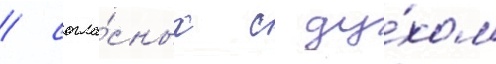
/ согла́сных с ду́хом